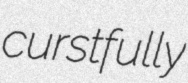
curstfully